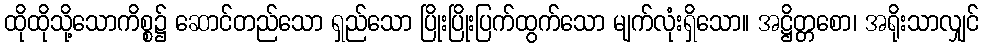
ထိုထိုသို့သောကိစ္စ၌ ဆောင်တည်သော ရှည်သော ပြိုးပြိုးပြက်ထွက်သော မျက်လုံးရှိသော။ အဋ္ဌိတ္တစော၊ အရိုးသာလျှင်